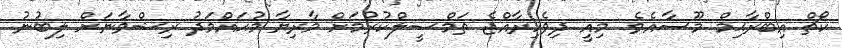
ކޯޗް އިބްރާޙިމް މޫސާއެވެ. މިއީ ދިވެހިރާއްޖެ ތަމްޞީލްކުރުމަށް މާރިޔާ މުޙައްމަދު ރިޝްވާނަށް ލިބުނު